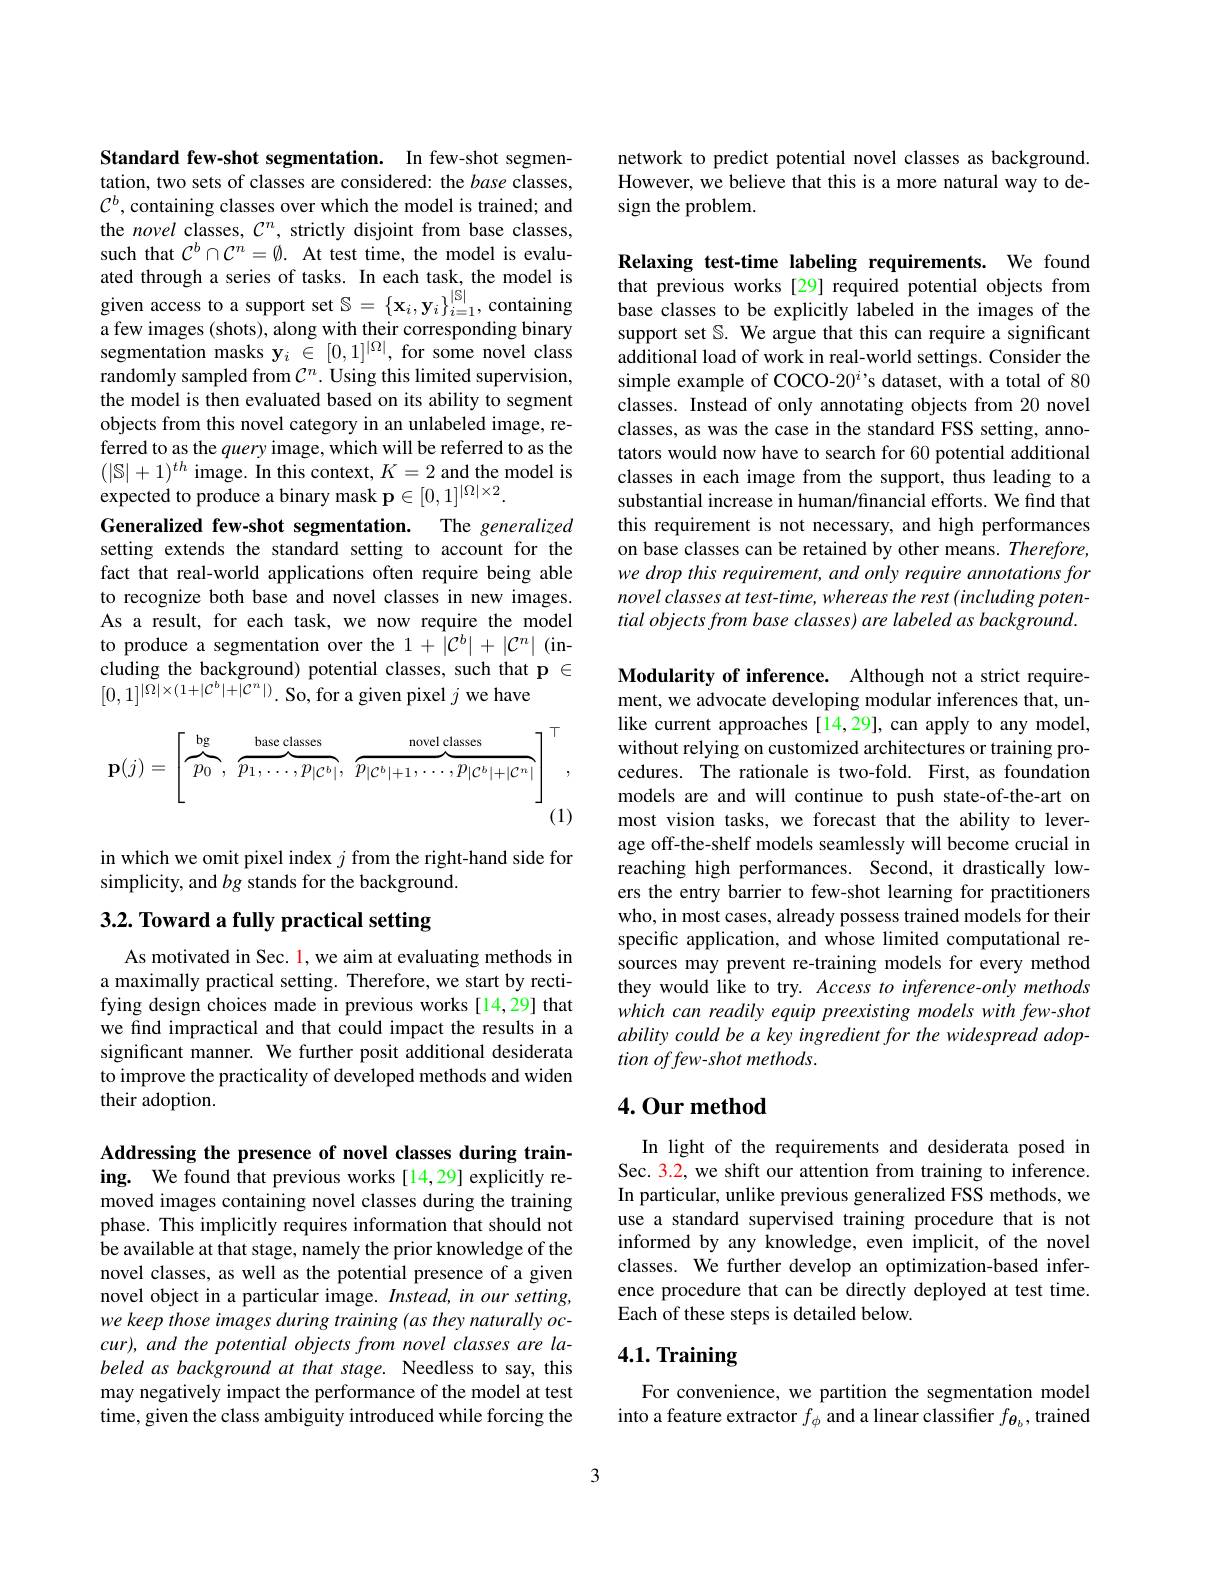
Standard few-shot segmentation. In few-shot segmentation, two sets of classes are considered: the base classes, $\mathcal{C}^b$, containing classes over which the model is trained; and the novel classes, $C^n$, strictly disjoint from base classes, such that $\mathcal{C}^b\cap\mathcal{C}^n=\emptyset.$ At test time, the model is evaluated through a series of tasks. In each task, the model is given access to a support set $\mathbb{S}=\{\mathbf{x}_i,\mathbf{y}_i\}_{i=1}^{|\mathbb{S}|}$,containing a few images (shots), along with their corresponding binary segmentation masks $\mathbf{y}_i\in[0,1]^{|\Omega|}$, for some novel class randomly sampled from $\mathcal{C}^n.$ Using this limited supervision, the model is then evaluated based on its ability to segment objects from this novel category in an unlabeled image, referred to as the query image, which will be referred to as the $(|\mathbb{S}|+1)^{th}$ image. In this context, $K=2$ and the model is expected to produce a binary mask $\mathbf{p}\in[0,1]^{|\Omega|\times2}.$
Generalized few-shot segmentation. The generalized setting extends the standard setting to account for the fact that real-world applications often require being able to recognize both base and novel classes in new images. As a result, for each task, we now require the model to produce a segmentation over the $1+\left|\mathcal{C}^b\right|+\left|\mathcal{C}^n\right|$(including the background) potential classes, such that p $\in$ $[0,1]^{|\dot{\Omega}|\times(1+|\mathcal{C}^{b}|+|\mathcal{C}^{n}|)}.$ So, for a given pixel $j$ we have
$$\mathbf{p}(j)=\left[\overbrace{p_0}^{\text{bg}},\overbrace{p_1,\dots,p_{|\mathcal{C}^b|}}^{\text{base classes}},\overbrace{p_{|\mathcal{C}^b|+1},\dots,p_{|\mathcal{C}^b|+|\mathcal{C}^n|}}^{\text{novel classes}}\right]^\top,\\(1)$$
in which we omit pixel index $j$ from the right-hand side for
simplicity, and $bg$ stands for the background.

# 3.2. Toward a fully practical setting

As motivated in Sec. l, we aim at evaluating methods in a maximally practical setting. Therefore, we start by rectifying design choices made in previous works[14,29] that we find impractical and that could impact the results in a significant manner. We further posit additional desiderata to improve the practicality of developed methods and widen their adoption.

network to predict potential novel classes as background. However, we believe that this is a more natural way to design the problem.

Relaxing test-time labeling requirements. We found that previous works [29] required potential objects from base classes to be explicitly labeled in the images of the support set S. We argue that this can require a significant additional load of work in real-world settings. Consider the simple example of COCO-20$^i$s dataset, with a total of 80 classes. Instead of only annotating objects from 20 novel classes, as was the case in the standard FSS setting, annotators would now have to search for 60 potential additional classes in each image from the support, thus leading to a substantial increase in human/financial efforts. We find that this requirement is not necessary, and high performances on base classes can be retained by other means. Therefore, we drop this requirement, and only require annotations for novel classes at test- time, whereas the rest (including potential objects from base classes) are labeled as background.

Modularity of inference. Although not a strict requirement, we advocate developing modular inferences that, unlike current approaches [14,29], can apply to any model, without relying on customized architectures or training procedures. The rationale is two-fold. First, as foundation models are and will continue to push state-of-the-art on most vision tasks, we forecast that the ability to leverage off-the-shelf models seamlessly will become crucial in reaching high performances. Second, it drastically lowers the entry barrier to few-shot learning for practitioners who, in most cases, already possess trained models for their specific application, and whose limited computational resources may prevent re-training models for every method they would like to try. Access to inference-only methods which can readily equip preexisting models with few-shot ability could be a key ingredient for the widespread adoption offew-shot methods.

## 4. Our method

In light of the requirements and desiderata posed in Sec. 3.2, we shift our attention from training to inference. In particular, unlike previous generalized FSS methods, we use a standard supervised training procedure that is not informed by any knowledge, even implicit, of the novel classes. We further develop an optimization-based inference procedure that can be directly deployed at test time. Each of these steps is detailed below.

# 4.1. Training

For convenience, we partition the segmentation model into a feature extractor $f_\phi$ and a linear classifier $f_{\theta_b}$,trained

Addressing the presence of novel classes during training. We found that previous works [14,29] explicitly removed images containing novel classes during the training phase. This implicitly requires information that should not be available at that stage, namely the prior knowledge of the novel classes, as well as the potential presence of a given novel object in a particular image. Instead, in our setting, we keep those images during training (as they naturally occur), and the potential objects from novel classes are labeled as background at that stage. Needless to say, this may negatively impact the performance of the model at test time, given the class ambiguity introduced while forcing the

3